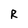
Character: R